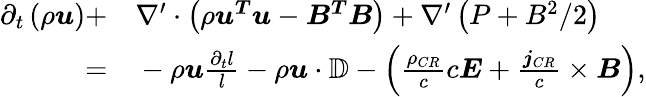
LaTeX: \begin{array}{rl}{\partial_{t}\left(\rho\boldsymbol{u}\right)+}&{{}\nabla^{\prime}\cdot\left(\rho\boldsymbol{u^{T}}\boldsymbol{u}-\boldsymbol{B^{T}}\boldsymbol{B}\right)+\nabla^{\prime}\left(P+B^{2}/2\right)}\\ {=}&{{}-\rho\boldsymbol{u}\frac{\partial_{t}l}{l}-\rho\boldsymbol{u}\cdot\mathbb{D}-\left(\frac{\rho_{CR}}{c}c\boldsymbol{E}+\frac{\boldsymbol{j}_{CR}}{c}\times\boldsymbol{B}\right),}\end{array}